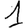
Digit: 1